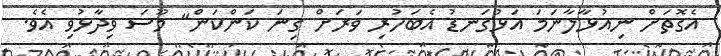
އެގޮތަށް ނިއުޅާލާނަމަ އަޅުގަނޑު އެބަހުރި ވަރަށް ގިނަ ކަންކަން" މޫސަ ވިދާޅުވި އެވެ.